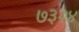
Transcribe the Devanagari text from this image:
७३२४